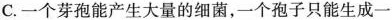
C.一个芽孢能产生大量的细菌，一个孢子只能生成一